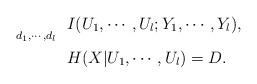
LaTeX: \begin{align*}\underset{d_1,\cdots,d_l}{}& \ \ I({U}_1,\cdots,{U}_l;{Y}_1,\cdots,{Y}_l), \\ & \ \ H({X}|{U}_1,\cdots,{U}_l)= D_{}.\end{align*}